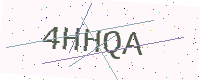
Text: 4HHQA